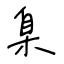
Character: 臬